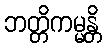
ဘတ္တိကမ္မန္တိ